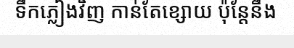
ទឹកភ្លៀងវិញ កាន់តែខ្សោយ ប៉ុន្តែនឹង